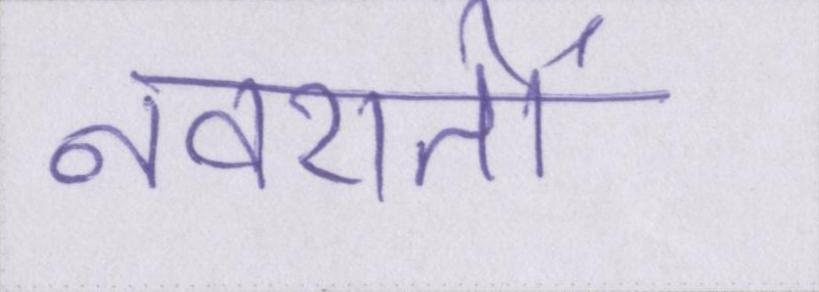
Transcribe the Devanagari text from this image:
नवरातों